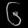
Digit: ၆